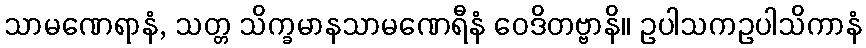
သာမဏေရာနံ, သတ္တ သိက္ခမာနသာမဏေရီနံ ဝေဒိတဗ္ဗာနိ။ ဥပါသကဥပါသိကာနံ